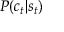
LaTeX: \textstyle P ( c _ { t } | s _ { t } )